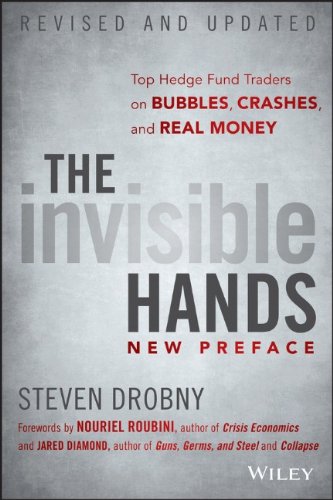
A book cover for The Invisible Hands: Top Hedge Fund Traders on Bubbles, Crashes, and Real Money; Steven Drobny; Business & Money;